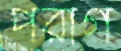
পরাগ